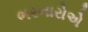
ભરનારોએ